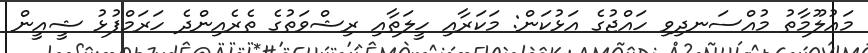
މައުލޫމާތު މުއްސަނދިވި ހައްޖުގެ އަޅުކަން: މަކަރާއި ހީލަތާއި ރިޝްވަތުގެ ތެރެއިންދެ ހަރަމްފުޅު ޝީއީން